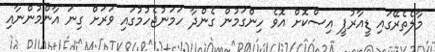
މާލެތެރޭގައި ޑީއާރުޕީ އިސްކޮށް އޮވެ ހިންގަމުން ގެންދާ ހަމަނުޖެހުމުގައި ވަރަށް ގިނަ އާންމުންނާއި